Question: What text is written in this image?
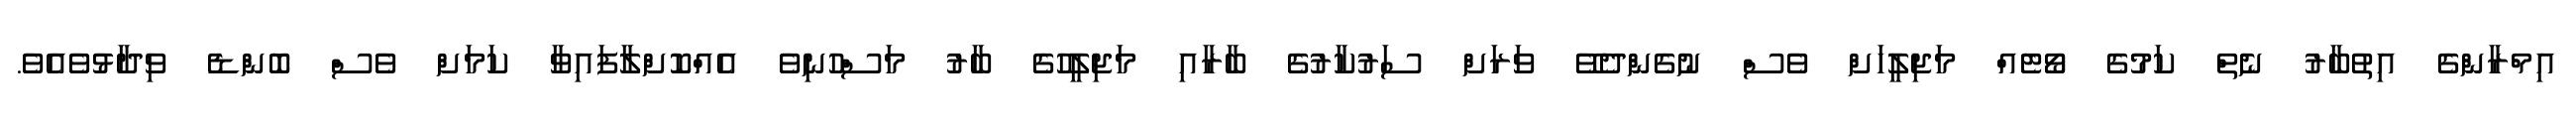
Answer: އިމްރާންގެ އިތުބާރު ނެތް ކަމުގެ ވޯޓެއް މަޖިލީހަށް ވެސް ނުގެންދެވޭ ވަރަށް ސަރުކާރުގެ ބާރާއި މަޖިލީހުގެ ބާރު މަސްހުނިވެ އެއްކޮށްލާފައިވާ ކަމަށް ވެސް ބޮންޑެ ވިދާޅުވެއެވެ.